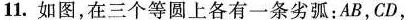
11.如图，在三个等圆上各有一条劣弧：AB,CD，